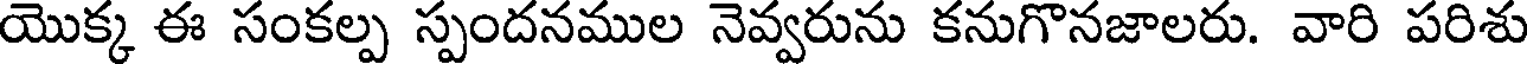
యొక్క ఈ సంకల్ప స్పందనముల నెవ్వరును కనుగొనజాలరు. వారి పరిశు